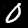
Label: 0